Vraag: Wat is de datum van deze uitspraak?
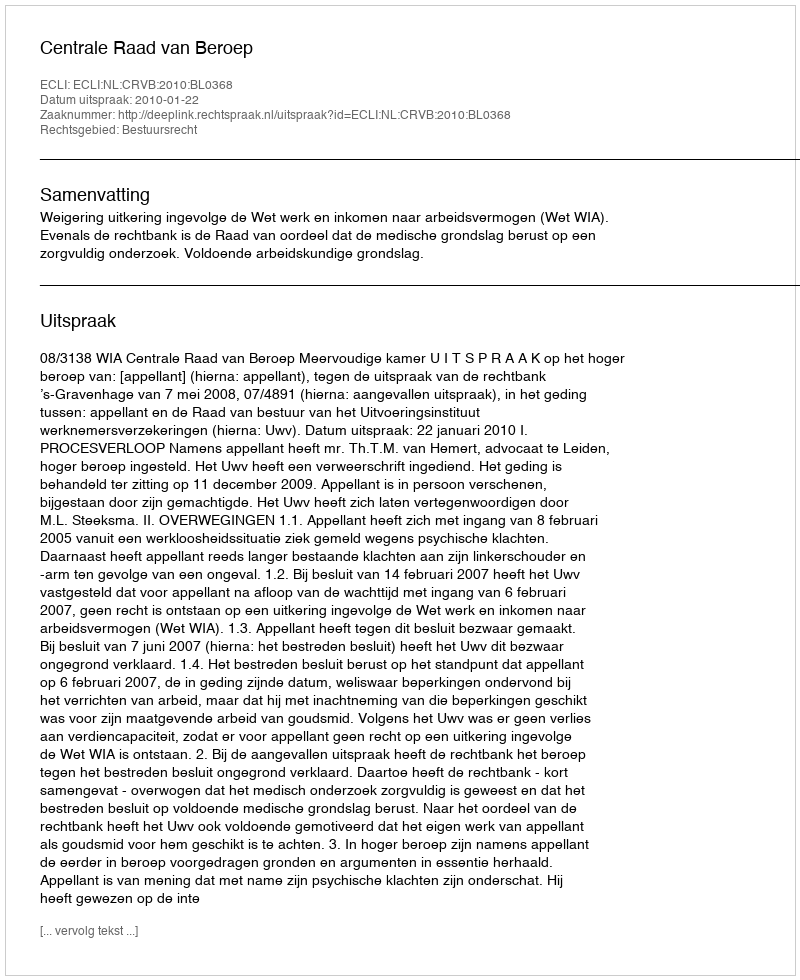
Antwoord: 2010-01-22